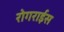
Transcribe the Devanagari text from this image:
रोगराईस